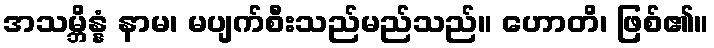
အသမ္ဘိန္နံ နာမ၊ မပျက်စီးသည်မည်သည်။ ဟောတိ၊ ဖြစ်၏။